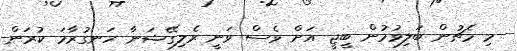
މި މެޗުން ބަލިވުމުން ބީޖީ އަށް ވެސް ވަނީ ރެލިގޭޝަނާ ހަނގުރާމަ ކުރަން